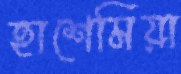
হাশেমিয়া